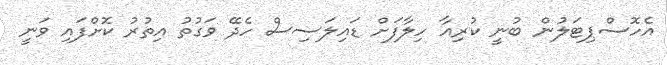
އެހޮސްޕިޓަލުން ބުނީ ކުރިއާ ހިލާފަށް ޑައިލަސިސް ހެދޭ ވަގުތު އިތުރު ކޮށްފައި ވަނީ